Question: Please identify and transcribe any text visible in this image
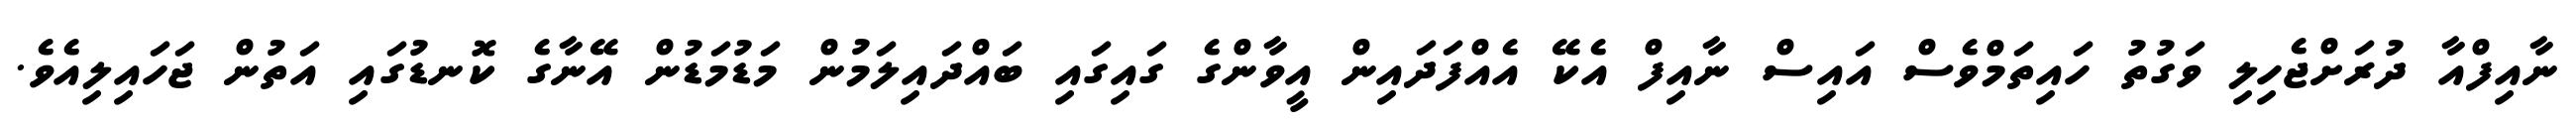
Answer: ނާއިފްއާ ދުރަށްޖެހިލި ވަގުތު ހައިތަމްވެސް އައިސް ނާއިފް އެކޭ އެއްފަދައިން އީވާންގެ ގައިގައި ބައްދައިލަމުން މަޑުމަޑުން އޭނާގެ ކޮނޑުގައި އަތުން ޖަހައިލިއެވެ.